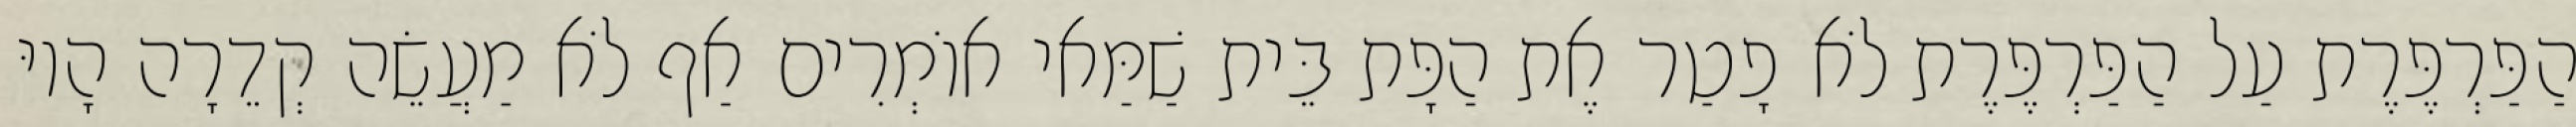
הַפַּרְפֶּרֶת עַל הַפַּרְפֶּרֶת לֹא פָטַר אֶת הַפָּת בֵּית שַׁמַּאי אוֹמְרִים אַף לֹא מַעֲשֵׂה קְדֵרָה הָיוּ